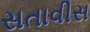
સતાવીસ